Lunatic asylums United Provinces 1899-1908 - 1899-1908
Year: 1899
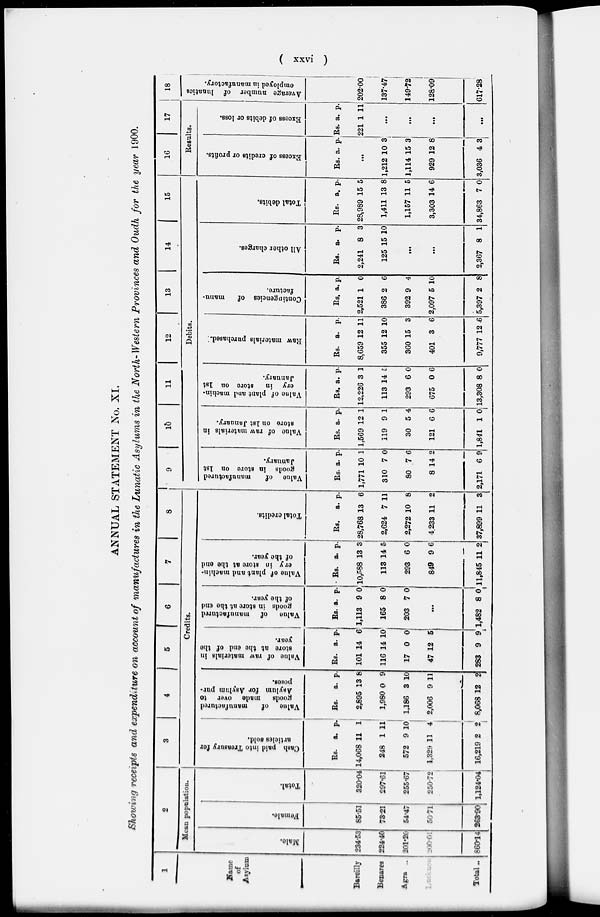
( xxvi )
ANNUAL STATEMENT No. XI.
Showing receipts and expenditure on account of manufactures in the Lunatic Asylums in the North-Western Provinces and Oudh for the year 1900.
1
Name
of
Asylum
Bareilly
Benares
Agra ..
Lucknow
Total ..
2
Mean population.
Male.
234.53
224.40
201.20
200.01
860.14
Female.
85.51
73.21
54.47
50.71
263.90
Total.
320.04
297.61
255.67
250.72
1,124.04;
3
4
5
6
7
8
Credits.
Cash paid into Treasury for
articles sold.
Rs.
14,068
248
572
1,329
16,219
a.
11
1
9
11
2
p.
1
11
10
4
2
Value
of
manufactured
goods
made over to
Asylum for Asylum pur-
poses.
Rs.
2,895
1,980
1,186
2,006
8,068
a.
13
0
3
9
12
p.
8
9
10
11
2
Value of raw materials in
store at the end of the
year.
Rs.
101
116
17
47
283
a.
14
14
0
12
9
p.
6
10
0
5
9
Value
of manufactured
goods in store at the end
of the year.
Rs.
1,113
165
203
a.
9
8
7
p.
0
0
0
…
1,482 8
1
Value of plant and machin-
ery in store at the and
of the year.
Rs.
10,588
113
293
849
11,845
a.
13
14
6
9
11
p.
3
5
0
6
2
Total credits.
Rs.
28,768
2,624
2,272
4233
37,899
a.
13
7
10
11
11
p.
6
11
8
2
3
9
10
11
12
13
14
15
Debits.
Value
of
manufactured
goods in store on 1st
January.
Rs.
1,771
310
80
8
2,171
a.
10
7
7
14
6
p.
1
0
6
2
9
Value
of raw materials in
store on 1st January.
Rs.
1,569
119
30
121
1,841
a.
12
9
5
6
1
p.
1
1
4
6
0
Value
of plant and machin-
ery in
store on 1st
January.
Rs.
12,226
113
293
675
13,308
a.
3
14
6
0
8
p.
1
5
0
6
0
Raw materials purchased.
Rs.
8,659
355
360
401
9,777
a.
12
12
15
3
12
p.
11
10
3
6
6
Contingencies of
manu-
facture.
Rs.
2,521
386
392
2,097
5,397
a.
1
2
9
5
2
p.
0
6
4
10
8
All other charges.
Rs.
2,241
125
a.
8
15
p.
3
10
…
…
2,367 8 1
Total debits.
Rs.
28,989
1,411
1,157
3,303
34,863
a.
15
13
11
14
7
p.
5
8
5
6
0
16
17
Results.
Excess of credits or profits.
Rs. a. p.
…
1,212
1,114
929
3,036
10
15
12
4
3
3
8
3
Excess of debits or loss.
Rs.
221
a.
1
p.
11
…
…
…
…
18
Average number of lunatics
employed in manufactory.
202.00
137.47
149.72
128.09
617.28